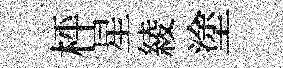
枰星綾塗